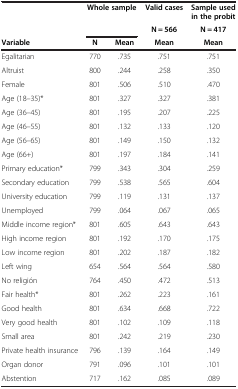
|  | <COLSPAN=2> Whole sample | Valid cases | Sample used in the probit |
 |  |  |  | N = 566 | N = 417 |
 | Variable | N | Mean | Mean | Mean |
 | --- | --- | --- | --- | --- |
 | Egalitarian | 770 | .735 | .751 | .751 |
 | Altruist | 800 | .244 | .258 | .350 |
 | Female | 801 | .506 | .510 | .470 |
 | Age (18–35)* | 801 | .327 | .327 | .381 |
 | Age (36–45) | 801 | .195 | .207 | .225 |
 | Age (46–55) | 801 | .132 | .133 | .120 |
 | Age (56–65) | 801 | .149 | .150 | .132 |
 | Age (66+) | 801 | .197 | .184 | .141 |
 | Primary education* | 799 | .343 | .304 | .259 |
 | Secondary education | 799 | .538 | .565 | .604 |
 | University education | 799 | .119 | .131 | .137 |
 | Unemployed | 799 | .064 | .067 | .065 |
 | Middle income region* | 801 | .605 | .643 | .643 |
 | High income region | 801 | .192 | .170 | .175 |
 | Low income region | 801 | .202 | .187 | .182 |
 | Left wing | 654 | .564 | .564 | .580 |
 | No religión | 764 | .450 | .472 | .513 |
 | Fair health* | 801 | .262 | .223 | .161 |
 | Good health | 801 | .634 | .668 | .722 |
 | Very good health | 801 | .102 | .109 | .118 |
 | Small area | 801 | .242 | .219 | .230 |
 | Private health insurance | 796 | .139 | .164 | .149 |
 | Organ donor | 791 | .096 | .101 | .101 |
 | Abstention | 717 | .162 | .085 | .089 |